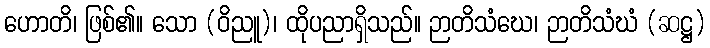
ဟောတိ၊ ဖြစ်၏။ သော (ဝိညူ)၊ ထိုပညာရှိသည်။ ဉာတိသံဃေ၊ ဉာတိသံဃံ (ဆဋ္ဌ)